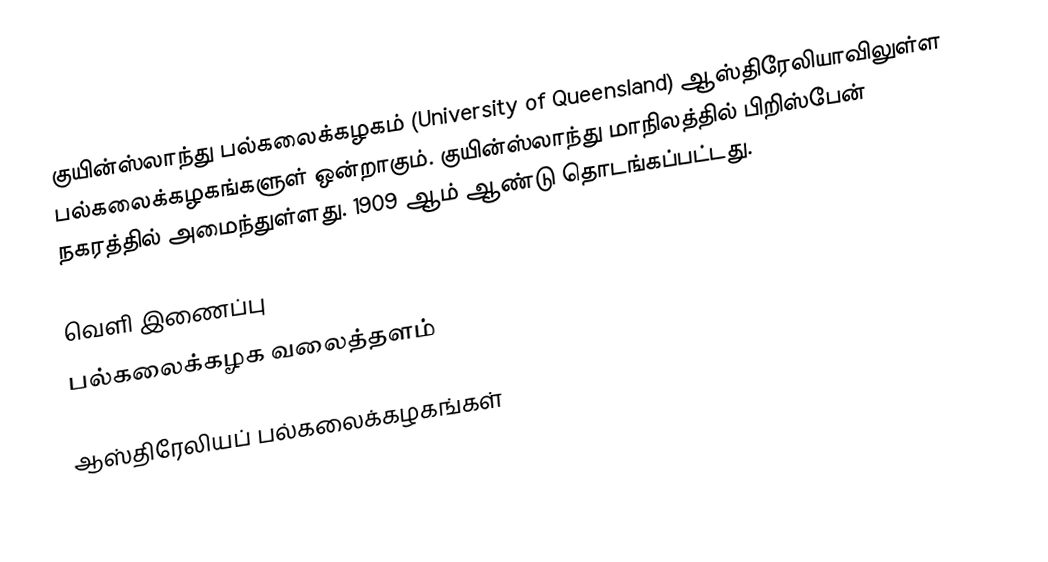
குயின்ஸ்லாந்து பல்கலைக்கழகம் (University of Queensland) ஆஸ்திரேலியாவிலுள்ள பல்கலைக்கழகங்களுள் ஒன்றாகும். குயின்ஸ்லாந்து மாநிலத்தில் பிறிஸ்பேன் நகரத்தில் அமைந்துள்ளது. 1909 ஆம் ஆண்டு தொடங்கப்பட்டது.

வெளி இணைப்பு
 பல்கலைக்கழக வலைத்தளம்

ஆஸ்திரேலியப் பல்கலைக்கழகங்கள்